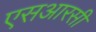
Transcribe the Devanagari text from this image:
एसआरसी